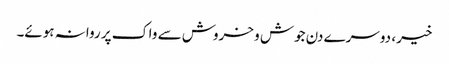
خیر، دوسرے دن جوش و خروش سے واک پر روانہ ہوئے۔